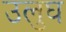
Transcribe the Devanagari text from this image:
उलुघ